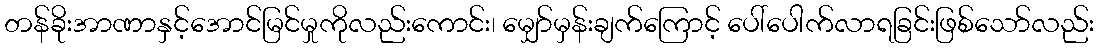
တန်ခိုးအာဏာနှင့်အောင်မြင်မှုကိုလည်းကောင်း၊ မျှော်မှန်းချက်ကြောင့် ပေါ်ပေါက်လာရခြင်းဖြစ်သော်လည်း